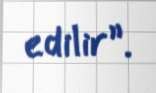
edilir”.